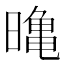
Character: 𭧛